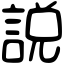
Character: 説